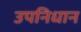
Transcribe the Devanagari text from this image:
उपनिधान